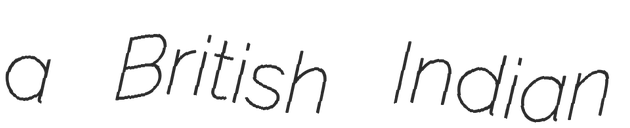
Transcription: a British Indian